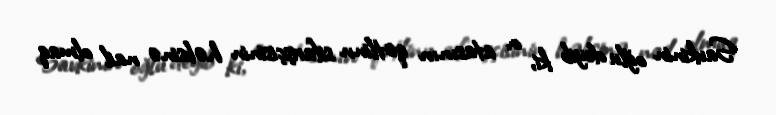
Savkinin oğlu deyib ki, o, atasının qətlinn sifarişçisinin həbsinə nail olmaq